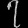
Digit: ၇